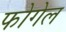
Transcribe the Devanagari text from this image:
फोगेल